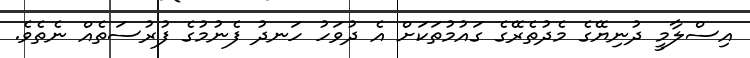
އިސްލާމީ ދުނިޔޭގެ މެދުތެރޭގެ ގައުމުތަކަށް އެ ދުވަހު ހަނދު ފެނުމުގެ ފުރުސަތެއް ނެތެވެ.